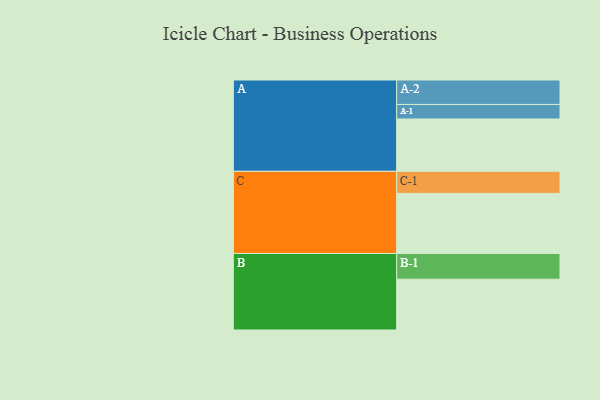
{"axis": {"x": "Segment", "y": "Value"}, "legend": ["", "A", "B", "C"], "data": [{"x": "A", "y": 417, "type": ""}, {"x": "B", "y": 405, "type": ""}, {"x": "C", "y": 479, "type": ""}, {"x": "A-1", "y": 116, "type": "A"}, {"x": "A-2", "y": 195, "type": "A"}, {"x": "B-1", "y": 205, "type": "B"}, {"x": "C-1", "y": 176, "type": "C"}]}